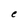
Character: e